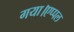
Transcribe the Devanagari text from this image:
गया।एप्पल